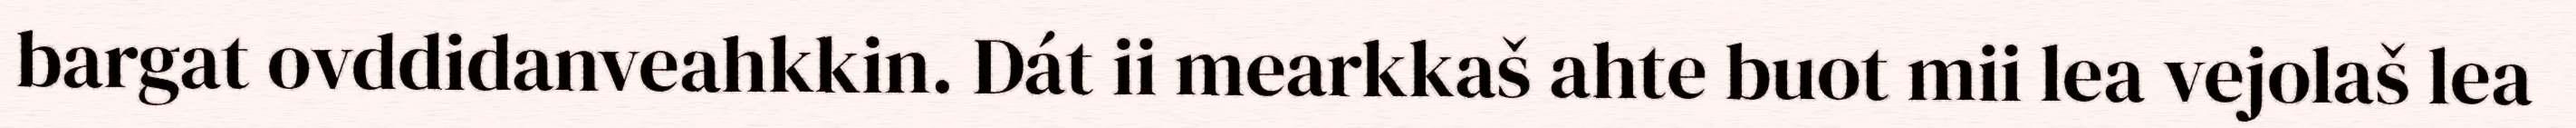
bargat ovddidanveahkkin. Dát ii mearkkaš ahte buot mii lea vejolaš lea